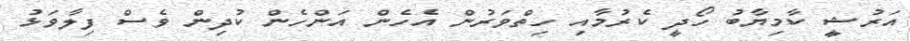
އަރުޝީ ކާމިޔާބު ހޯދީ ކެރުމާއި ހިތްވަރުން އެހެން އަންހެން ކުދިން ވެސް ފިލާވަޅު